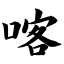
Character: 喀